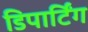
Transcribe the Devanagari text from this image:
डिपार्टिंग